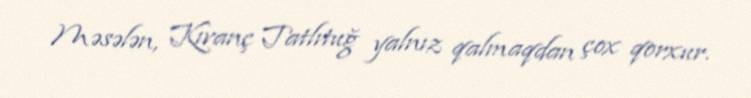
Məsələn, Kıvanç Tatlıtuğ yalnız qalmaqdan çox qorxur.